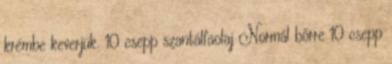
krémbe keverjük. 10 csepp szantálfaolaj Normál bőrre 10 csepp